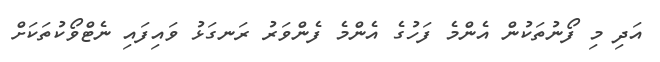
އަދި މި ފޯނުތަކުން އެންމެ ފަހުގެ އެންމެ ފެންވަރު ރަނގަޅު ވައިފައި ނެޓްވޯކުތަކަށް